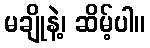
မချိုနဲ့၊ ဆိမ့်ပါ။